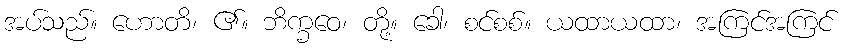
အပ်သည်။ ဟောတိ၊ ၏။ ဘိက္ခဝေ၊ တို့။ ခေါ၊ စင်စစ်။ ယထာယထာ၊ အကြင်အကြင်